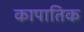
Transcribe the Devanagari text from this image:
कापातिक